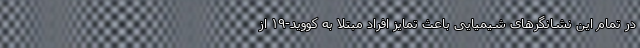
در تمام این نشانگرهای شیمیایی باعث تمایز افراد مبتلا به کووید-۱۹ از